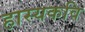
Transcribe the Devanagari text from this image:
हास्यकवि